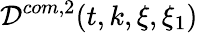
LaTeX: \mathcal{D}^{com,2}(t,k,\xi,\xi_{1})